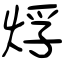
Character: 烰